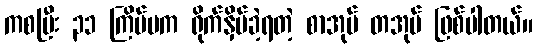
ကစပြီး ၃၁ ကြိမ်မက ရိုက်နှိပ်ခဲ့ရတဲ့ စာအုပ် တအုပ် ဖြစ်ပါတယ်။